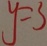
y = 3